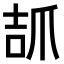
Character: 𤔎